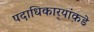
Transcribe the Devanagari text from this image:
पदाधिकार्‍यांकडे